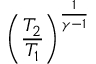
\left( { \frac { T _ { 2 } } { T _ { 1 } } } \right) ^ { \frac { 1 } { \gamma - 1 } }